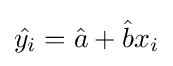
{\hat {y_{i}}}={\hat {a}}+{\hat {b}}x_{i}